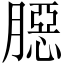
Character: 𦠲